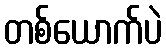
တစ်ယောက်ပဲ